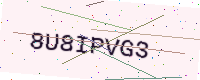
Text: 8U8IPVG3